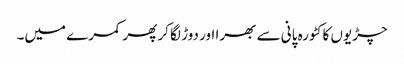
چڑیوں کا کٹورہ پانی سے بھرا اور دوڑ لگا کر پھر کمرے میں۔